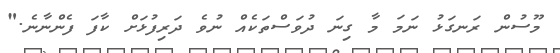
މޫސުން ރަނގަޅު ނަމަ މާ ގިނަ ދުވަސްތަކެއް ނުވެ ދަރިފުޅަށް ކާފަ ފެންނާނެ."